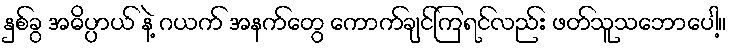
နှစ်ခွ အဓိပ္ပာယ် နဲ့ ဂယက် အနက်တွေ ကောက်ချင်ကြရင်လည်း ဖတ်သူသဘောပေါ့။